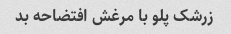
زرشک پلو با مرغش افتضاحه بد